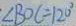
\angle B O C = 1 2 0 ^ { \circ }